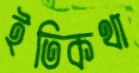
ইতিকথা